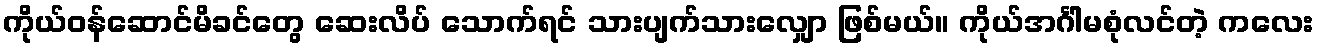
ကိုယ်ဝန်ဆောင်မိခင်တွေ ဆေးလိပ် သောက်ရင် သားပျက်သားလျှော ဖြစ်မယ်။ ကိုယ်အင်္ဂါမစုံလင်တဲ့ ကလေး